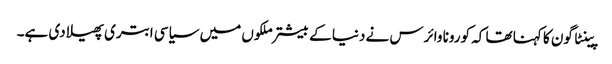
پینٹا گون کا کہنا تھا کہ کورونا وائرس نے دنیا کے بیشتر ملکوں میں سیاسی ابتری پھیلا دی ہے۔